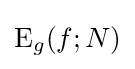
\mathrm {E} _{g}(f;N)